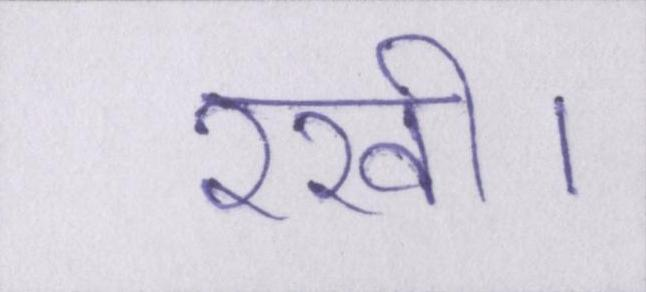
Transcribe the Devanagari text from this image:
रखी।